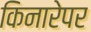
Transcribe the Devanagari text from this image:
किनारेपर